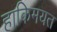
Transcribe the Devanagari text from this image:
हाकिमयत